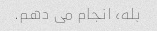
بله، انجام می دهم.